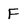
Character: F